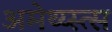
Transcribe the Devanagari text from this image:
अमेथ्य्स्त्स